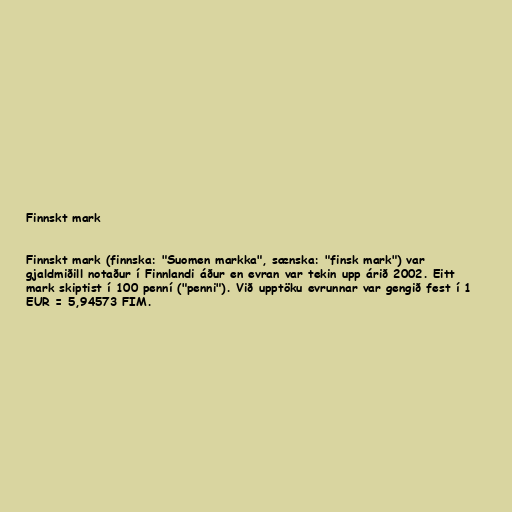
Finnskt mark

Finnskt mark (finnska: "Suomen markka", sænska: "finsk mark") var
gjaldmiðill notaður í Finnlandi áður en evran var tekin upp árið 2002. Eitt
mark skiptist í 100 penní ("penni"). Við upptöku evrunnar var gengið fest í 1
EUR = 5,94573 FIM.